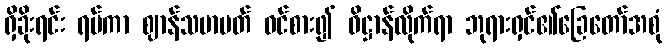
ရှိခိုးရင်း ရပ်ကာ ဈာန်သမာပတ် ဝင်စား၍ ဓိဋ္ဌာန်လိုက်ရာ ဘုရားရှင်၏ခြေတော်အစုံ